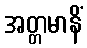
အတ္တမာနိံ